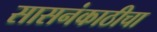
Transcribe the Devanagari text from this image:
सासनंकाठीचा